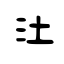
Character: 汢